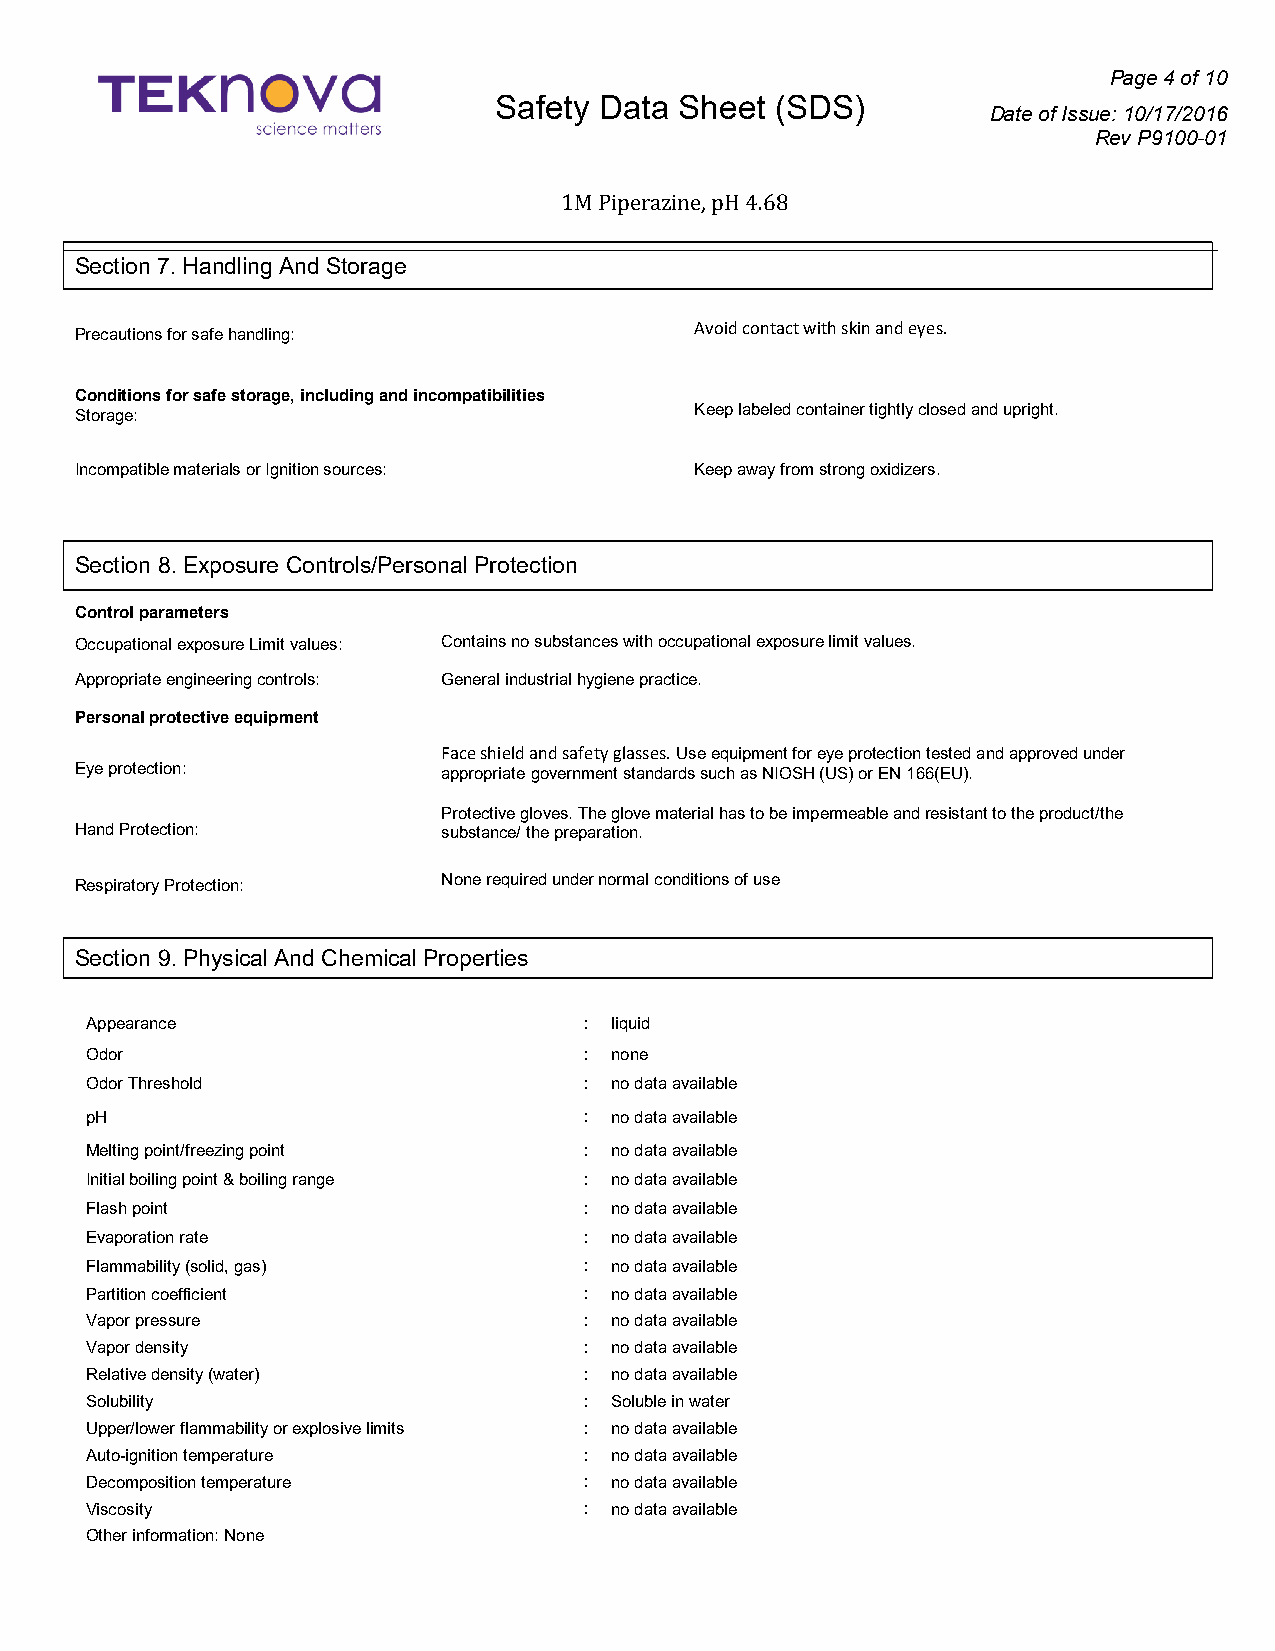
Page 4 of 10
 Safety Data Sheet (SDS)
 Date of Issue: 10/17/2016
 Rev P9100-01
 1M Piperazine, pH 4.68
 Section 7. Handling And Storage
 Precautions for safe handling:           Avoid contact with skin and eyes.
 Conditions for safe storage, including and incompatibilities
 Storage:                                 Keep labeled container tightly closed and upright.
 Incompatible materials or Ignition sources: Keep away from strong oxidizers.
 Section 8. Exposure Controls/Personal Protection
 Control parameters
 Occupational exposure Limit values: Contains no substances with occupational exposure limit values.
 Appropriate engineering controls: General industrial hygiene practice.
 Personal protective equipment
 Face shield and safety glasses. Use equipment for eye protection tested and approved under
 Eye protection:         appropriate government standards such as NIOSH (US) or EN 166(EU).
 Protective gloves. The glove material has to be impermeable and resistant to the product/the
 Hand Protection:        substance/ the preparation.
 Respiratory Protection: None required under normal conditions of use
 Section 9. Physical And Chemical Properties
 Appearance                       : liquid
 Odor                             : none
 Odor Threshold                   : no data available
 pH                               : no data available
 Melting point/freezing point     : no data available
 Initial boiling point & boiling range : no data available
 Flash point                      : no data available
 Evaporation rate                 : no data available
 Flammability (solid, gas)        : no data available
 Partition coefficient            : no data available
 Vapor pressure                   : no data available
 Vapor density                    : no data available
 Relative density (water)         : no data available
 Solubility                       : Soluble in water
 Upper/lower flammability or explosive limits : no data available
 Auto-ignition temperature        : no data available
 Decomposition temperature        : no data available
 Viscosity                        : no data available
 Other information: None